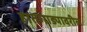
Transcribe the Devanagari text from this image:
हातगाड्यावरील